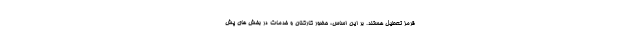
قرمز تعطیل هستند. بر این اساس، حضور کارکنان و خدمات در بخش های پش